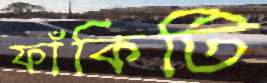
ফাঁকিটি